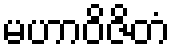
မဟာဝိဇိတံ